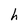
Character: h